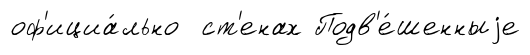
оф'ициа́льно ст'енах Подв'е́шенныjе